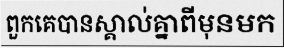
ពួកគេបានស្គាល់គ្នាពីមុនមក